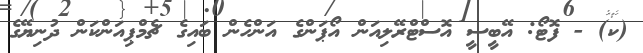
(ކ) - ފޮޓޯ: އޭބީސީ އޮސްޓްރޭލިއަން އޯޕަންގެ އަންހެން ބައިގެ ޗެމްޕިއަންކަން ދުނިޔޭގެ